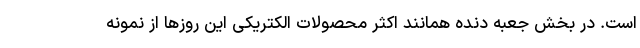
است. در بخش جعبه دنده همانند اکثر محصولات الکتریکی این روزها از نمونه